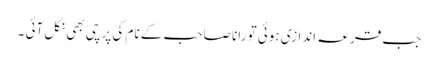
جب قرعہ اندازی ہوئی تو رانا صاحب کے نام کی پرچی بھی نکل آئی ۔